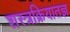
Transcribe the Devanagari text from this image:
शस्त्रक्रियातज्ञ